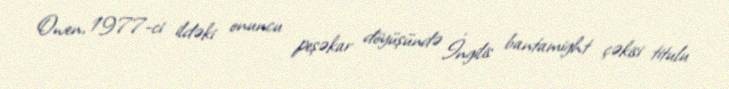
Owen, 1977-ci ildəki onuncu peşəkar döyüşündə İngilis bantamight çəkisi titulu